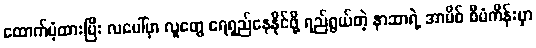
ထောက်ပံ့ထားပြီး လပေါ်မှာ လူတွေ ရေရှည်နေနိုင်ဖို့ ရည်ရွယ်တဲ့ နာဆာရဲ့ အာမိစ် စီမံကိန်းမှာ